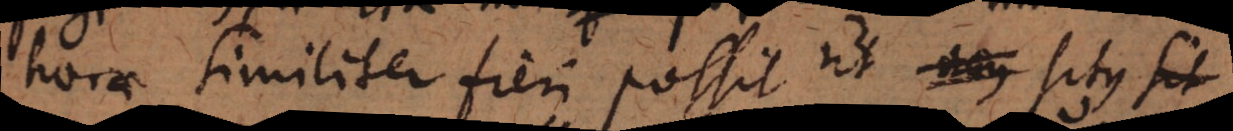
horae. Similiter fieri possit ut acus situs sit